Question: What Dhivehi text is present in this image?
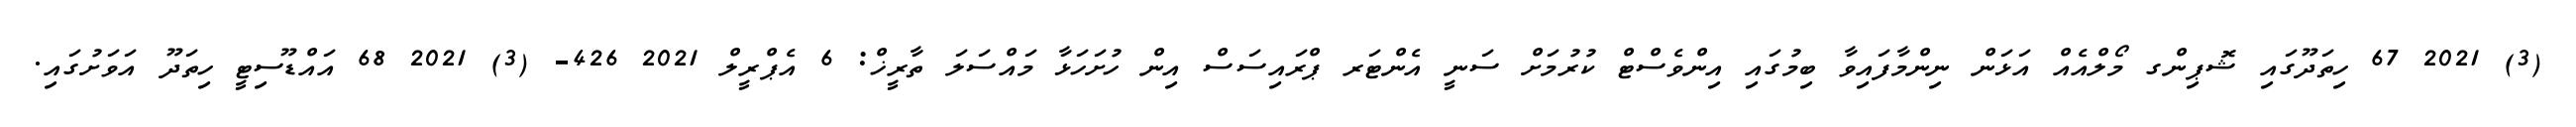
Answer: (3) 2021 67 ހިތަދޫގައި ޝޮޕިންގ މޯލްއެއް އަޅަން ނިންމާފައިވާ ބިމުގައި އިންވެސްޓް ކުރުމަށް ސަނީ އެންޓަރ ޕްރައިސަސް އިން ހުށަހަޅާ މައްސަލަ ތާރީޚް: 6 އެޕްރީލް 2021 426- (3) 2021 68 އައްޑޫސިޓީ ހިތަދޫ އަވަށުގައި.